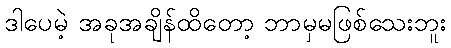
ဒါပေမဲ့ အခုအချိန်ထိတော့ ဘာမှမဖြစ်သေးဘူး